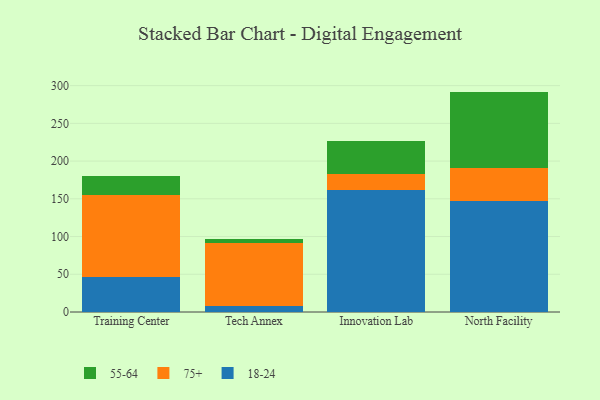
{"axis": {"x": "Campus", "y": "Net Income (USD K)"}, "legend": ["18-24", "55-64", "75+"], "data": [{"x": "Training Center", "y": 46.1, "type": "18-24"}, {"x": "Training Center", "y": 109.0, "type": "75+"}, {"x": "Training Center", "y": 24.9, "type": "55-64"}, {"x": "Tech Annex", "y": 7.3, "type": "18-24"}, {"x": "Tech Annex", "y": 83.6, "type": "75+"}, {"x": "Tech Annex", "y": 5.8, "type": "55-64"}, {"x": "Innovation Lab", "y": 162.2, "type": "18-24"}, {"x": "Innovation Lab", "y": 20.8, "type": "75+"}, {"x": "Innovation Lab", "y": 43.0, "type": "55-64"}, {"x": "North Facility", "y": 147.4, "type": "18-24"}, {"x": "North Facility", "y": 43.3, "type": "75+"}, {"x": "North Facility", "y": 101.4, "type": "55-64"}]}